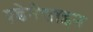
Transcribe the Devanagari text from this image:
एडेनेसाइन